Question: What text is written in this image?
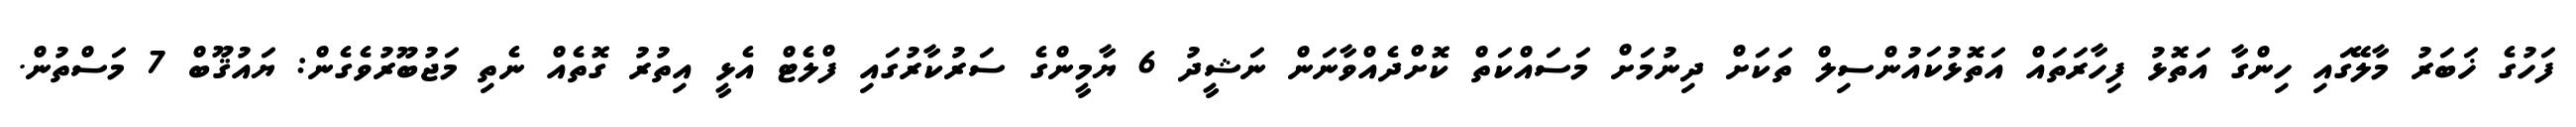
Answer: ފަހުގެ ޚަބަރު މާލޭގައި ހިންގާ އަތޮޅު ފިހާރަތައް އަތޮޅުކައުންސިލް ތަކަށް ދިނުމަށް މަސައްކަތް ކޮށްދެއްވާނަން ނަޝީދު 6 ޔާމީންގެ ސަރުކާރުގައި ފްލެޓް އެޅީ އިތުރު ގޮތެއް ނެތި މަޖުބޫރުވެގެން: ޔައުޤޫބް 7 މަސްތުން.